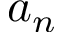
a _ { n }